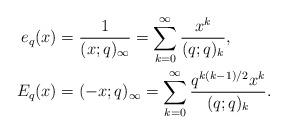
LaTeX: \begin{align*}e_q(x)&=\frac 1{(x;q)_\infty}=\sum_{k=0}^\infty\frac{x^k}{(q;q)_k},\\E_q(x)&=(-x;q)_\infty=\sum_{k=0}^\infty\frac{q^{k(k-1)/2}x^k}{(q;q)_k}.\end{align*}